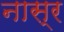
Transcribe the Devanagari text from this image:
नास्र